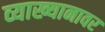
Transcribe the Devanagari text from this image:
व्याख्यानावर